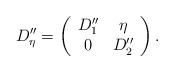
\begin{align*}D_\eta''=\left(\begin{array}{cc} D_1'' & \eta \\ 0 & D_2''\end{array}\right).\end{align*}